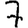
Digit: 7